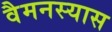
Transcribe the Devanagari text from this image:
वैमनस्यास